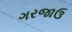
ગરજાઉ